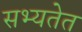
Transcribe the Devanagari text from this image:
सभ्यतेत